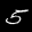
Label: 5